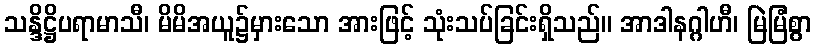
သန္ဒိဋ္ဌိပရာမာသီ၊ မိမိအယူ၌မှားသော အားဖြင့် သုံးသပ်ခြင်းရှိသည်။ အာဒါနဂ္ဂါဟီ၊ မြဲမြံစွာ